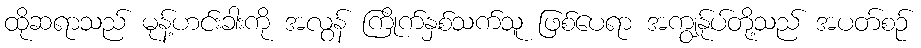
ထိုဆရာသည် မုန့်ဟင်းခါးကို အလွန် ကြိုက်နှစ်သက်သူ ဖြစ်ပေရာ အကျွန်ုပ်တို့သည် အပတ်စဉ်